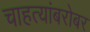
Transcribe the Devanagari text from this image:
चाहत्यांबरोबर